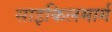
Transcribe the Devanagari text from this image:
साइकिलमार्ग